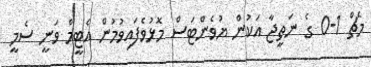
މެޗް 1-0 ގެ ނަތީޖާ އަކުން ޔުވެންޓަސް މޮޅުވެފައިވުމުން އެޓީމް ވަނީ ސެމީ